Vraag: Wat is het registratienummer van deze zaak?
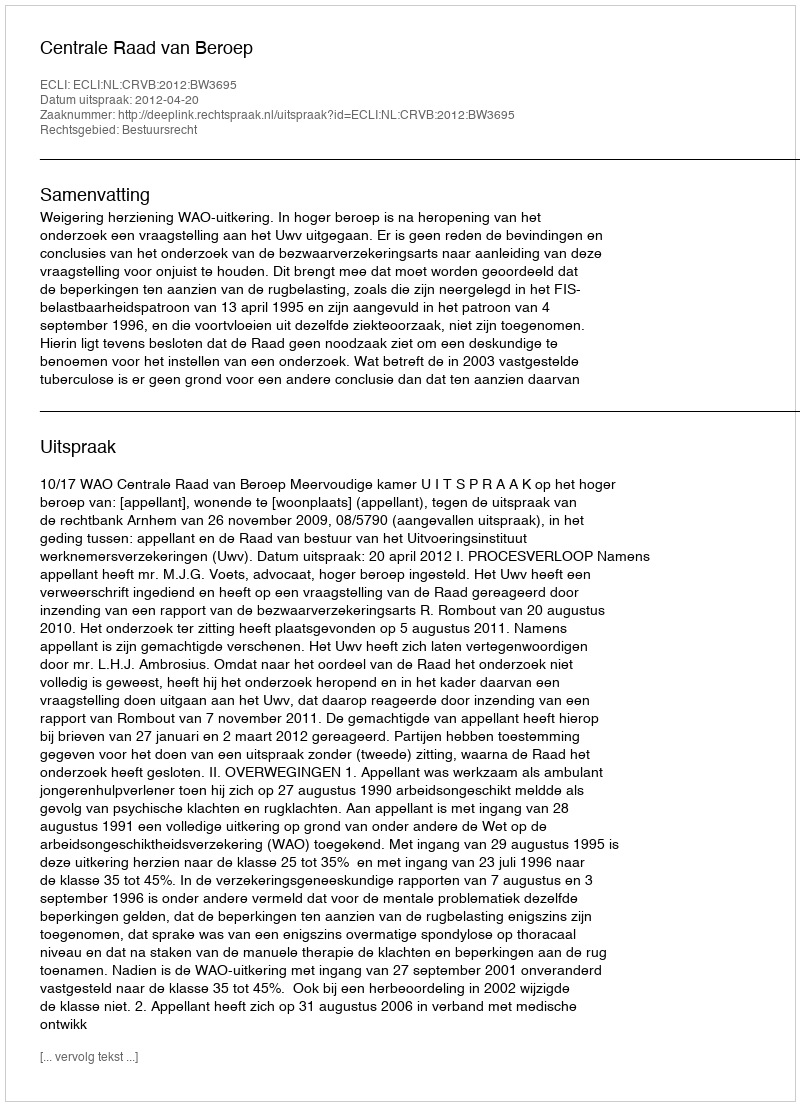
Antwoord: http://deeplink.rechtspraak.nl/uitspraak?id=ECLI:NL:CRVB:2012:BW3695